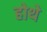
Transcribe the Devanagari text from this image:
होथे